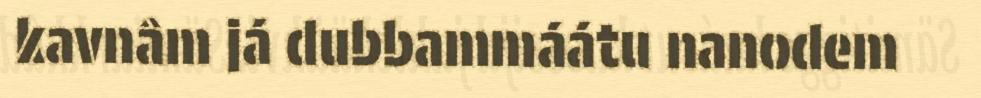
kavnâm já dubbammáátu nanodem